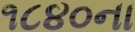
૧૮૪૦ના